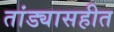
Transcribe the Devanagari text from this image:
तांड्यासहीत